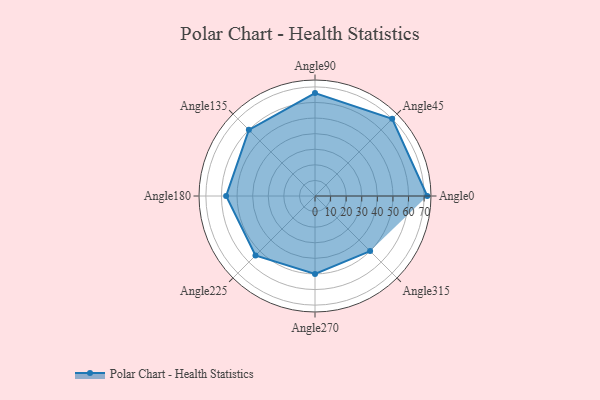
{"axis": {"x": "Angle", "y": "Radius"}, "legend": [""], "data": [{"x": "Angle0", "y": 72.0, "type": ""}, {"x": "Angle45", "y": 70.0, "type": ""}, {"x": "Angle90", "y": 66.0, "type": ""}, {"x": "Angle135", "y": 60.0, "type": ""}, {"x": "Angle180", "y": 57.0, "type": ""}, {"x": "Angle225", "y": 54.0, "type": ""}, {"x": "Angle270", "y": 50.0, "type": ""}, {"x": "Angle315", "y": 50, "type": ""}]}